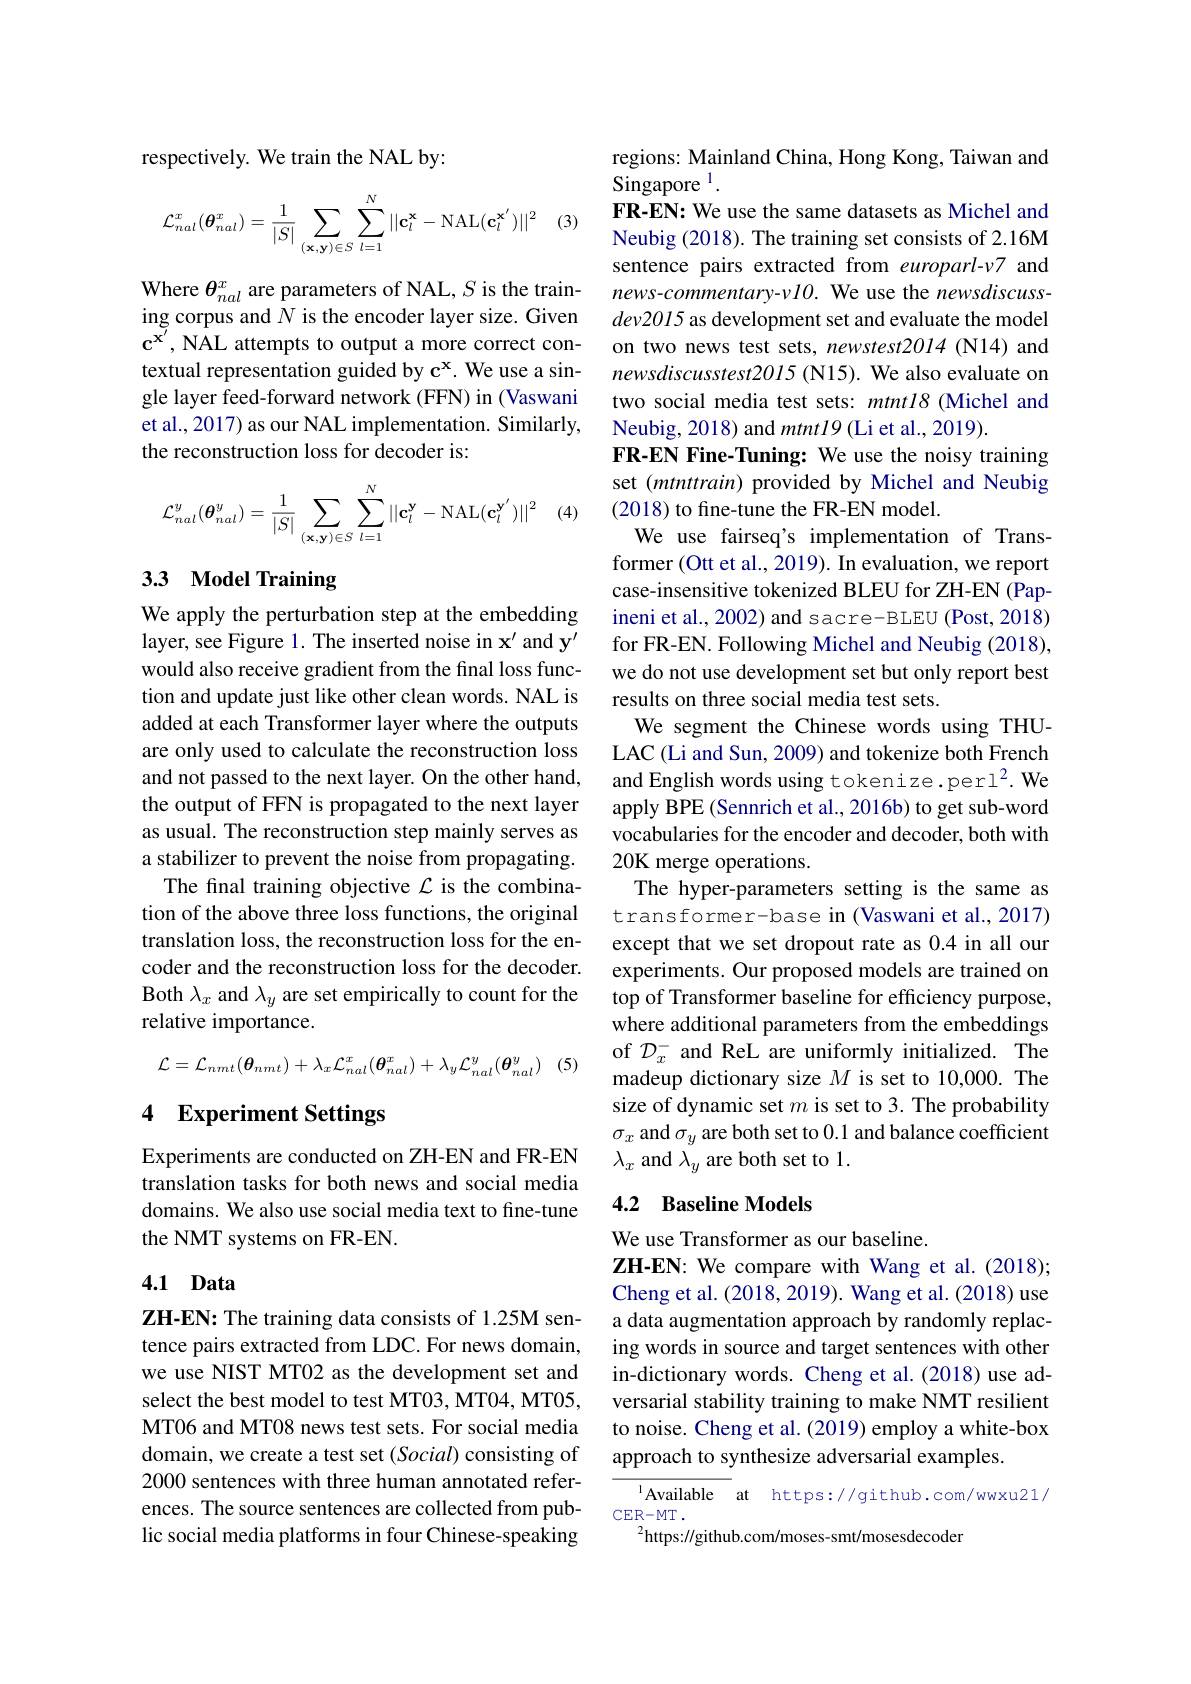
respectively. We train the NAL by:

(3
$$\mathcal{L}_{nal}^x(\boldsymbol{\theta}_{nal}^x)=\frac{1}{|S|}\sum_{(\mathbf{x},\mathbf{y})\in S}\sum_{l=1}^{N}||\mathbf{c}_{l}^\mathbf{x}-\mathrm{NAL}(\mathbf{c}_{l}^{\mathbf{x}'})||^2$$
Where $\theta_nal^x$ are parameters of NAL, $S$ is the training corpus and $N$ is the encoder layer size. Given $c^{x^{\prime }}$, NAL attempts to output a more correct con- textual representation guided by c$^\mathrm{x}.$ We use a single layer feed-forward network (FFN) in (Vaswani et al., 2017) as our NAL implementation. Similarly, the reconstruction loss for decoder is:

(4)
$$\mathcal{L}_{nal}^{y}(\boldsymbol{\theta}_{nal}^{y})=\frac{1}{|S|}\sum_{(\mathbf{x},\mathbf{y})\in S}\sum_{l=1}^{N}||\mathbf{c}_{l}^{\mathbf{y}}-\mathrm{NAL}(\mathbf{c}_{l}^{\mathbf{y}'})||^{2}$$
## 3.3 Model Training

We apply the perturbation step at the embedding layer, see Figure 1. The inserted noise in $\mathbf{x}^\prime$ and y' would also receive gradient from the final loss function and update just like other clean words. NAL is added at each Transformer layer where the outputs are only used to calculate the reconstruction loss and not passed to the next layer. On the other hand, the output of FFN is propagated to the next layer as usual. The reconstruction step mainly serves as a stabilizer to prevent the noise from propagating.
The final training objective $\mathcal{L}$ is the combination of the above three loss functions, the original translation loss, the reconstruction loss for the encoder and the reconstruction loss for the decoder. Both $\lambda_x$ and $\lambda_y$ are set empirically to count for the relative importance.

(5)
$$\mathcal{L}=\mathcal{L}_{nmt}(\boldsymbol{\theta}_{nmt})+\lambda_{x}\mathcal{L}_{nal}^{x}(\boldsymbol{\theta}_{nal}^{x})+\lambda_{y}\mathcal{L}_{nal}^{y}(\boldsymbol{\theta}_{nal}^{y})$$
## 4 Experiment Settings

Experiments are conducted on ZH-EN and FR-EN translation tasks for both news and social media domains. We also use social media text to fine-tune the NMT systems on FR-EN.

## 4.1 Data

ZH-EN: The training data consists of 1.25M sentence pairs extracted from LDC. For news domain, we use NIST MT02 as the development set and select the best model to test MT03, MT04, MT05, MT06 and MT08 news test sets. For social media domain, we create a test set (Social) consisting of 2000 sentences with three human annotated references. The source sentences are collected from public social media platforms in four Chinese-speaking

regions: Mainland China, Hong Kong, Taiwan and
Singapore $^{1}.$
FR-EN: We use the same datasets as Michel and Neubig (2018). The training set consists of 2.16M sentence pairs extracted from europarl-v7 and news-commentary-vl0. We use the newsdiscussdev2015 as development set and evaluate the model on two news test sets, newstest2014 (N14) and newsdiscusstest2015 (N15). We also evaluate on two social media test sets: mtntl8 (Michel and Neubig, 2018) and $mtntl9$ (Li et al., 2019).
FR-EN Fine-Tuning: We use the noisy training set $(mtnttrain)$ provided by Michel and Neubig (2018) to fine-tune the FR-EN model.
We use fairseq's implementation of Transformer (Ott et al., 2019). In evaluation, we report case-insensitive tokenized BLEU for ZH-EN (Papineni et al., 2002) and sacre- BLEU (Post, 2018) for FR-EN. Following Michel and Neubig (2018), we do not use development set but only report best results on three social media test sets.
We segment the Chinese words using THULAC (Li and Sun, 2009) and tokenize both French and English words using tokenize.perl$^2.$ We apply BPE (Sennrich et al., 2016b) to get sub-word vocabularies for the encoder and decoder, both with 20K merge operations.
The hyper-parameters setting is the same as transformer-base in (Vaswani et al., 2017) except that we set dropout rate as 0.4 in all our experiments. Our proposed models are trained on top of Transformer baseline for efficiency purpose, where additional parameters from the embeddings of $\mathcal{D}_x^-$ and ReL are uniformly initialized. The madeup dictionary size $M$ is set to 10,000. The size of dynamic set $m$ is set to 3. The probability $\sigma_x$ and $\sigma_y$ are both set to 0.1 and balance coefficient $\lambda_{x}$ and $\lambda_y$ are both set to 1.

## 4.2 Baseline Models

We use Transformer as our baseline.
ZH-EN: We compare with Wang et al.(2018); Cheng et al. (2018, 2019). Wang et al. (2018) use a data augmentation approach by randomly replacing words in source and target sentences with other in-dictionary words. Cheng et al.(2018) use adversarial stability training to make NMT resilient to noise. Cheng et al. (2019) employ a white-box approach to synthesize adversarial examples.

$^{\mathrm{l}}$Available at https://github.com/wwxu21/
$\mathbb{CER-MT}.$
$^2$https://github.com/moses-smt/mosesdecoder